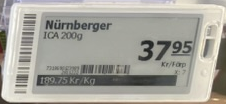
Vara: Nürnberger
Genomsnittspris: 189.75 per kg